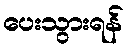
ပေးသွားရန်